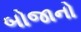
બોજાનો